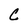
Character: C